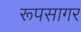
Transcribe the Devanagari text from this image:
रूपसागर